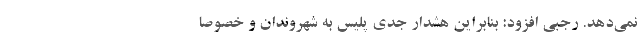
نمی‌دهد. رجبی افزود: بنابراین هشدار جدی پلیس به شهروندان و خصوصا